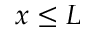
x \leq L